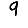
Digit: 9